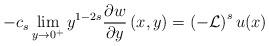
LaTeX: \begin{align*}-c_{s}\lim_{y\rightarrow 0^{+}}y^{1-2s}\frac{\partial w}{\partial y}\left(x,y\right) =\left( -\mathcal{L}\right) ^{s}u(x) \end{align*}